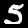
Digit: 5